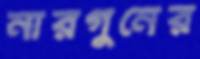
নারগুনের